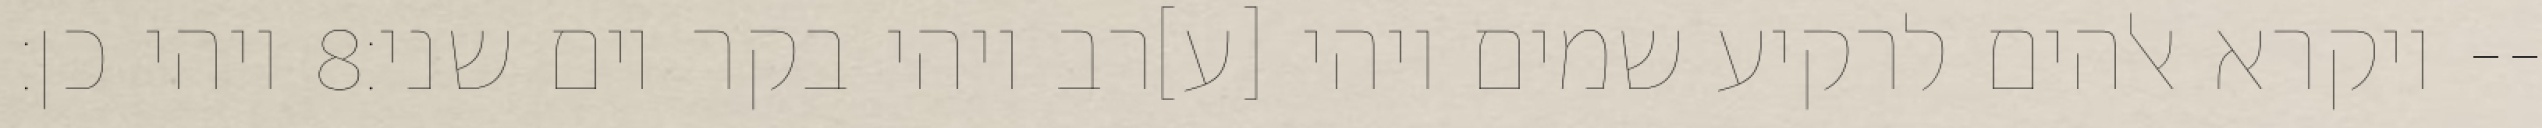
ויהי כן׃ ‎8‏ ויקרא אלהים לרקיע שמים ויהי [ע]רב ויהי בקר יום שני׃--